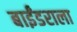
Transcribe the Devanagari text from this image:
बाईंडराला